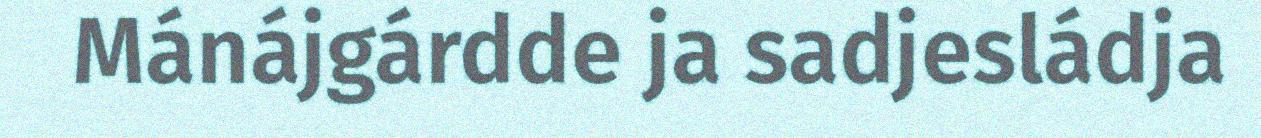
Mánájgárdde ja sadjesládja